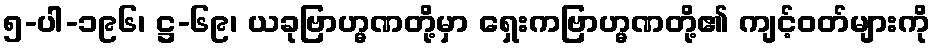
၅-ပါ-၁၉၆၊ ဋ္ဌ-၆၉၊ ယခုဗြာဟ္မဏတို့မှာ ရှေးကဗြာဟ္မဏတို့၏ ကျင့်ဝတ်များကို